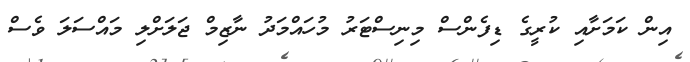
އިން ކަމަށާއި ކުރީގެ ޑިފެންސް މިނިސްޓަރު މުހައްމަދު ނާޒިމް ޖަލަށްލި މައްސަލަ ވެސް